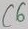
Text: C6